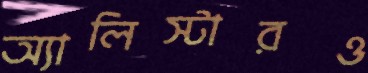
অ্যালিস্টারও